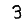
Digit: 3